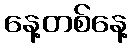
နေ့တစ်နေ့